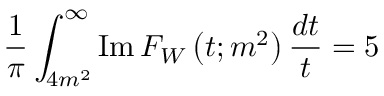
\frac { 1 } { \pi } \int _ { 4 m ^ { 2 } } ^ { \infty } \mathrm { I m } \, F _ { W } \left( t ; m ^ { 2 } \right) \frac { d t } { t } = 5